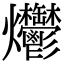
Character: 爩